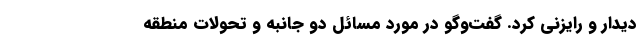
دیدار و رایزنی کرد. گفت‌وگو در مورد مسائل دو جانبه و تحولات منطقه